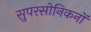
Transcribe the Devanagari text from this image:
सुपरसोनिकनों